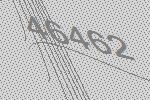
46462